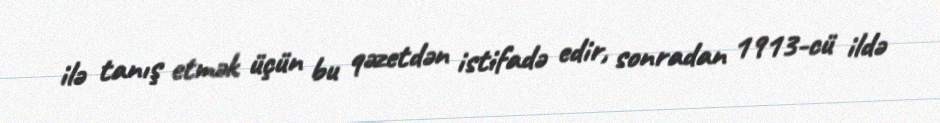
ilə tanış etmək üçün bu qəzetdən istifadə edir, sonradan 1913-cü ildə